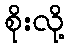
စိုးလို့